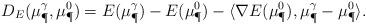
LaTeX: \begin{align*}D_E(\mu_{\P}^{\gamma},\mu_{\P}^0) = E(\mu_{\P}^{\gamma}) - E(\mu_{\P}^0) - \langle \nabla E(\mu_{\P}^0) , \mu_{\P}^{\gamma} - \mu_{\P}^0 \rangle. \end{align*}